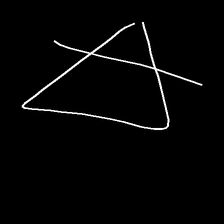
Glyph: empower